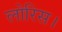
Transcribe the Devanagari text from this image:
लोरिस।